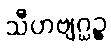
သီဟဗျဂ္ဃဉ္စ